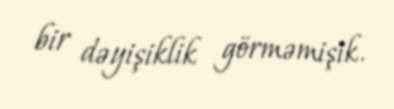
bir dəyişiklik görməmişik.